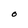
Character: O